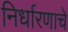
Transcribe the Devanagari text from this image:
निर्धारणाचे